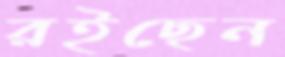
রইছেন